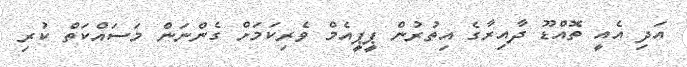
އަދި އެއީ ތޮއްޑޫ ދާއިރާގެ އިތުރުން ޕީޕީއެމް ވެރިކަމަށް ގެންނަން މަސައްކަތް ކުރި